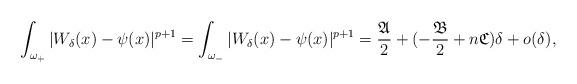
LaTeX: \begin{align*}&\int_{\omega_+}|W_{\delta}(x)-\psi(x)|^{p+1}=\int_{\omega_-}|W_{\delta}(x)-\psi(x)|^{p+1}=\frac{\mathfrak{A}}{2}+(-\frac{\mathfrak{B}}{2}+n \mathfrak{C})\delta+o(\delta),\end{align*}